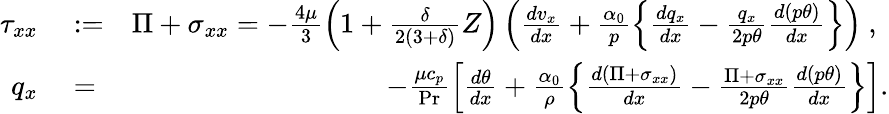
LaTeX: \begin{array}{rlr}{\tau_{xx}}&{{}:=}&{\Pi+\sigma_{xx}=-\frac{4\mu}{3}\left(1+\frac{\delta}{2\left(3+\delta\right)}Z\right)\left(\frac{dv_{x}}{dx}+\frac{\alpha_{0}}{p}\left\{ \frac{dq_{x}}{dx}-\frac{q_{x}}{2p\theta}\frac{d\left(p\theta\right)}{dx}\right\} \right)\mathrm{~,~}}\\ {q_{x}}&{{}=}&{-\frac{\mu c_{p}}{\operatorname*{Pr}}\left[\frac{d\theta}{dx}+\frac{\alpha_{0}}{\rho}\left\{ \frac{d\left(\Pi+\sigma_{xx}\right)}{dx}-\frac{\Pi+\sigma_{xx}}{2p\theta}\frac{d\left(p\theta\right)}{dx}\right\} \right].}\end{array}